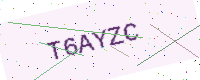
Text: T6AYZC